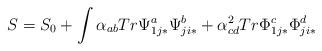
LaTeX: \begin{align*}S = S_0 + \int \alpha_{ab} Tr \Psi^a_{1j*}\Psi^b_{ji*} + \alpha_{cd}^2 Tr \Phi^c_{1j*}\Phi^d_{ji*}\end{align*}